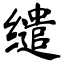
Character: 缱